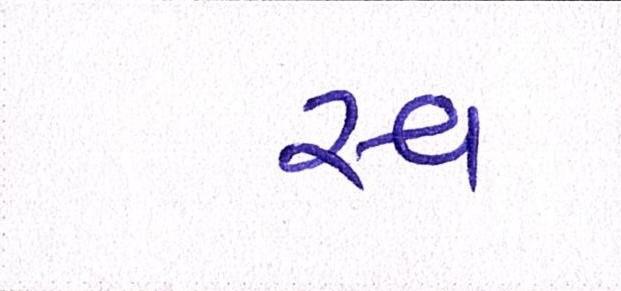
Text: સ્વ